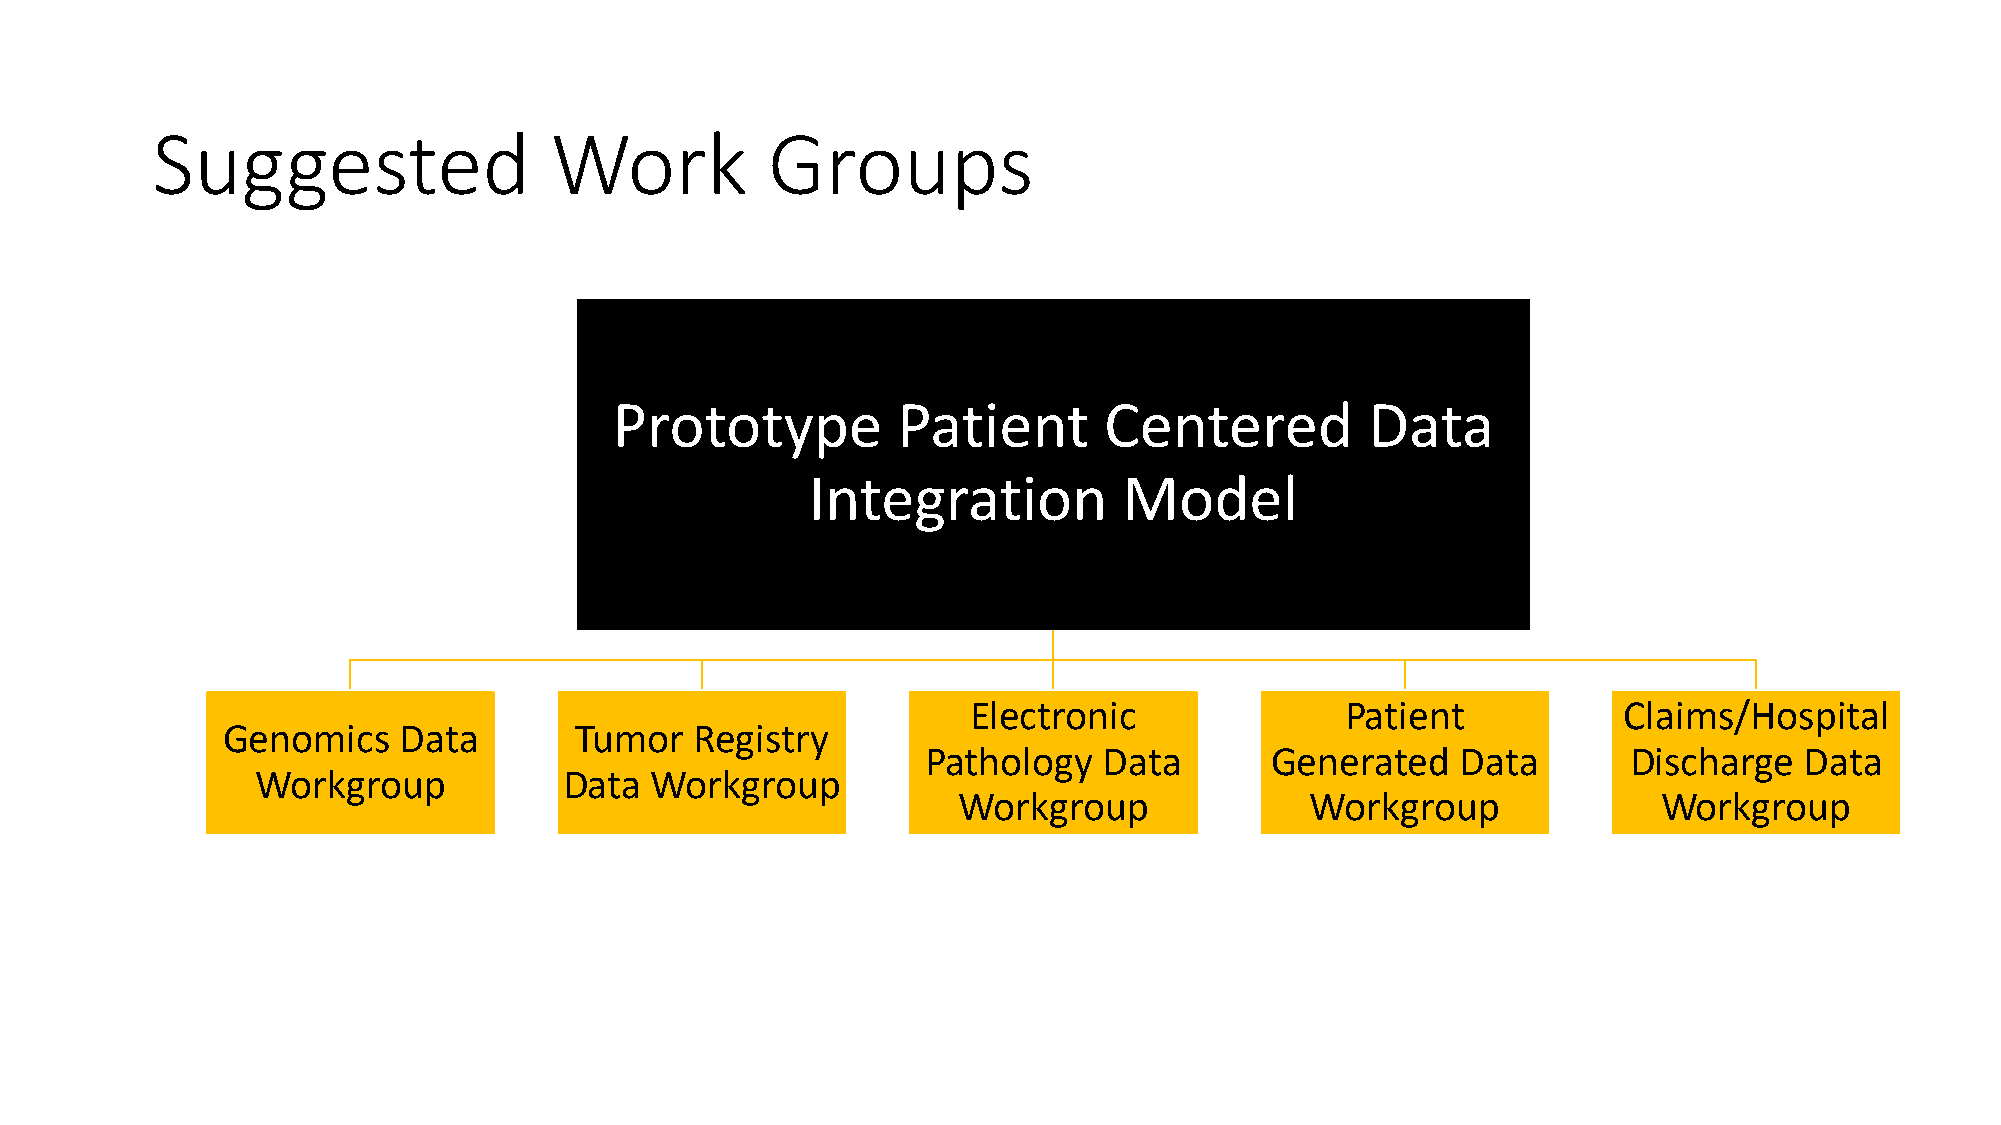
Suggested                 Work           Groups
 Prototype         Patient       Centered          Data
 Integration         Model
 Electronic               Patient           Claims/Hospital
 Genomics   Data        Tumor   Registry
 Pathology   Data       Generated    Data       Discharge  Data
 Workgroup           Data  Workgroup
 Workgroup               Workgroup              Workgroup